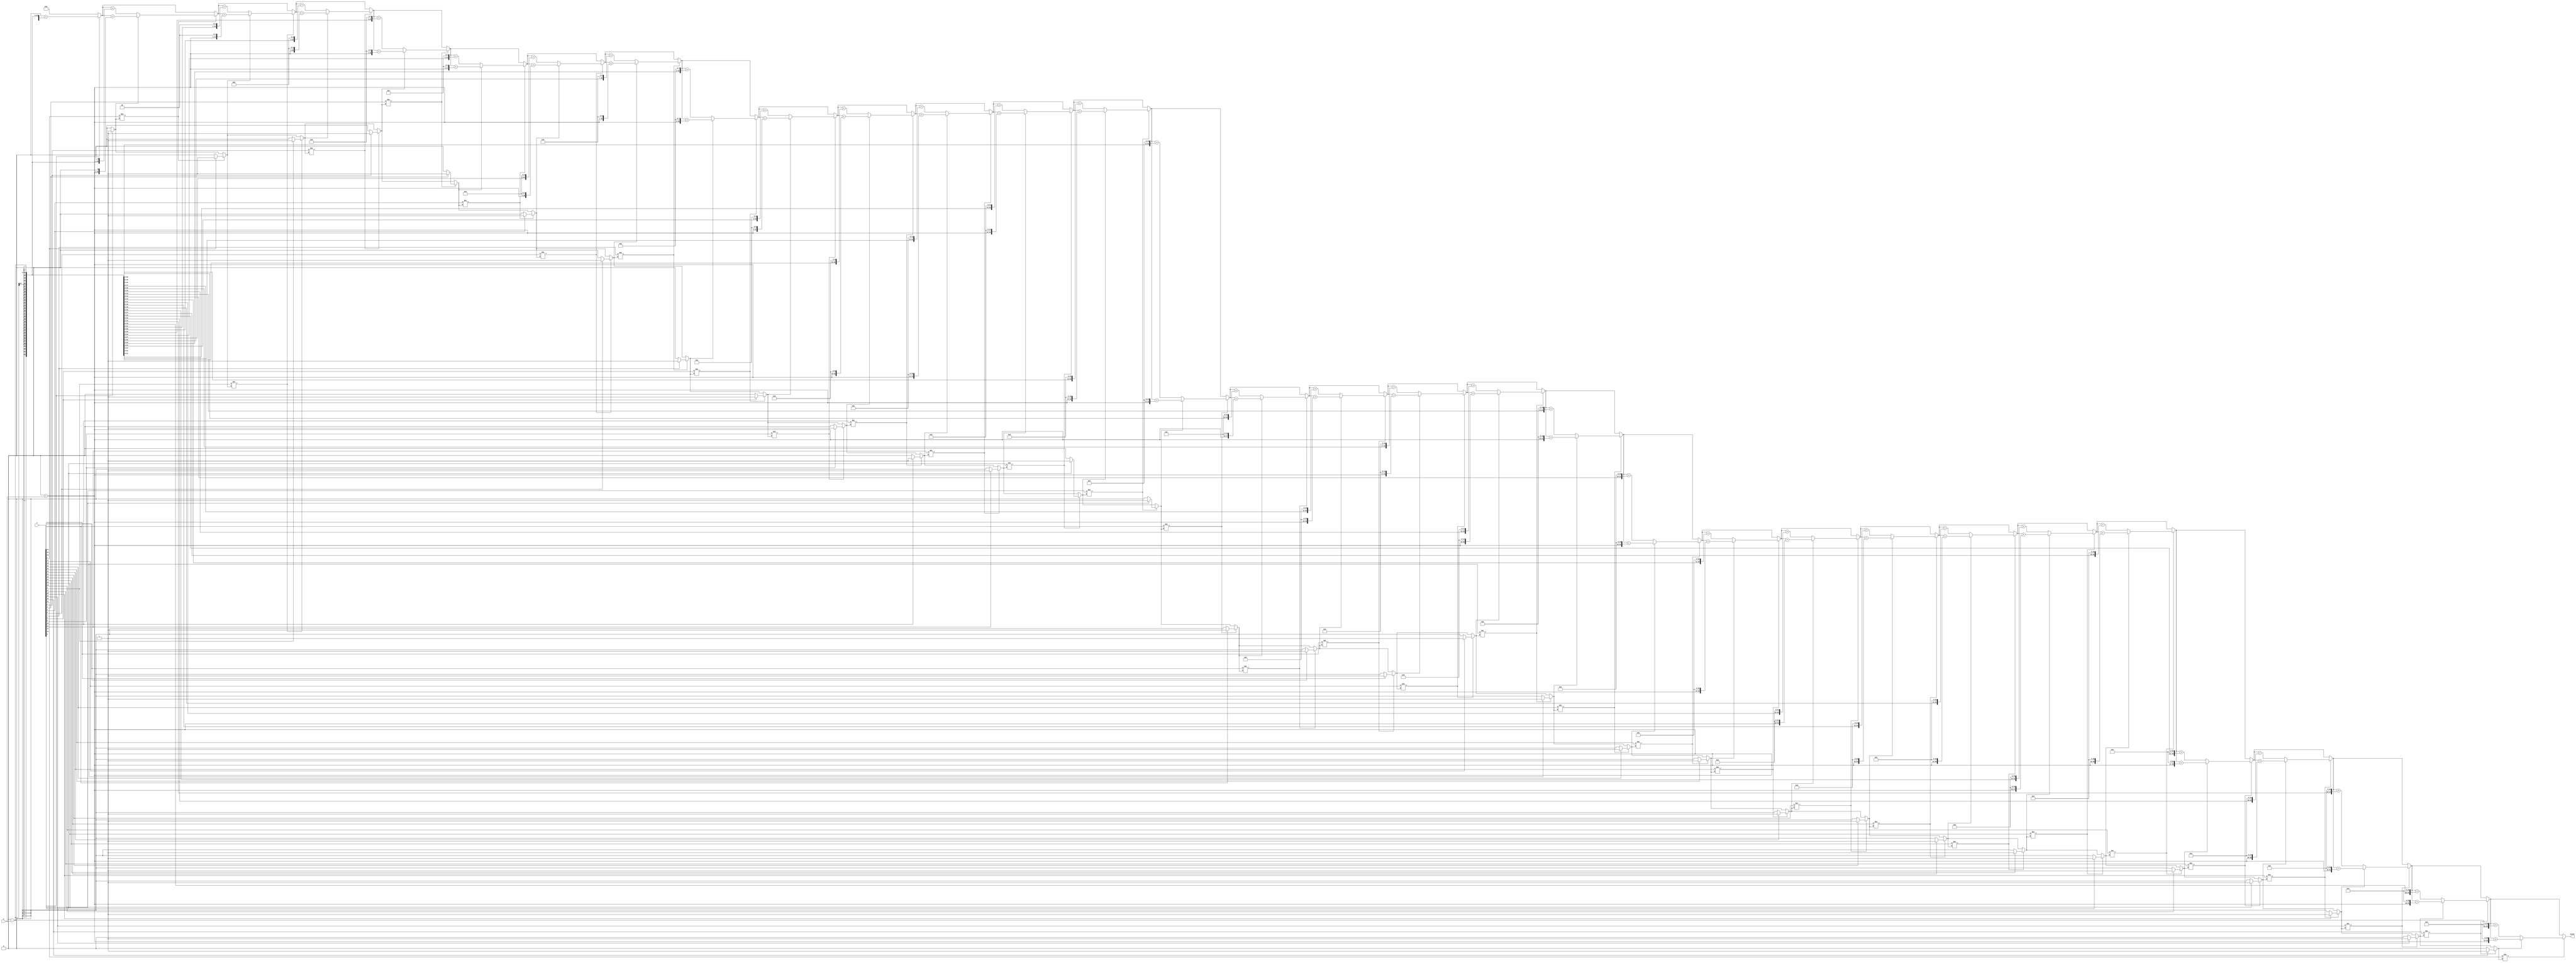
module mul(output [63:0] booth, input[31:0] x, y);      
	integer i;
	reg [63:0] P, y_temp, y_temp_neg;  
	reg rightBit;
	
	
	always @(x,y) begin
		P = 64'd0;
		y_temp = 64'd0 + y;
		y_temp_neg = 64'd0 - y;
		rightBit = 0;
	  
		for(i=0;i<32;i =i+1) begin
			// 00 or 11
			if(x[i] != rightBit) begin
				if(rightBit == 1) begin //01
					P = P + (y_temp << i);
				end else begin
					P = P + (y_temp_neg << i);
				end
				if(x[i] == 1) begin
					rightBit = 1;
				end else begin
					rightBit = 0;
				end
			end
		end
	end
	assign booth = P;
endmodule